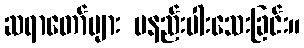
ဆရာတော်များ မနည်းပါးသေးခြင်း။